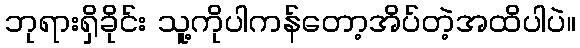
ဘုရားရှိခိုင်း သူ့ကိုပါကန်တော့အိပ်တဲ့အထိပါပဲ။